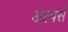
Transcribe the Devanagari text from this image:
अल्पसे